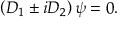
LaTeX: \left( D _ { 1 } \pm i D _ { 2 } \right) \psi = 0 .